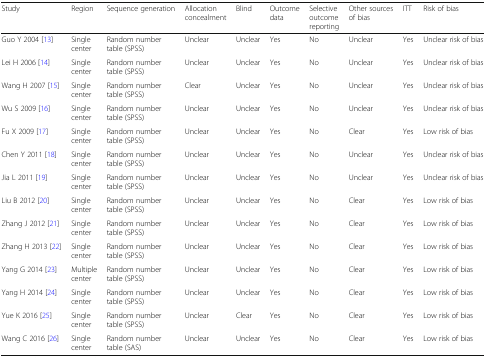
<table><thead><tr><td><b>Study</b></td><td><b>Region</b></td><td><b>Sequence generation</b></td><td><b>Allocation concealment</b></td><td><b>Blind</b></td><td><b>Outcome data</b></td><td><b>Selective outcome reporting</b></td><td><b>Other sources of bias</b></td><td><b>ITT</b></td><td><b>Risk of bias</b></td></tr></thead><tbody><tr><td>Guo Y 2004 [13]</td><td>Single center</td><td>Random number table (SPSS)</td><td>Unclear</td><td>Unclear</td><td>Yes</td><td>No</td><td>Unclear</td><td>Yes</td><td>Unclear risk of bias</td></tr><tr><td>Lei H 2006 [14]</td><td>Single center</td><td>Random number table (SPSS)</td><td>Unclear</td><td>Unclear</td><td>Yes</td><td>No</td><td>Unclear</td><td>Yes</td><td>Unclear risk of bias</td></tr><tr><td>Wang H 2007 [15]</td><td>Single center</td><td>Random number table (SPSS)</td><td>Clear</td><td>Unclear</td><td>Yes</td><td>No</td><td>Unclear</td><td>Yes</td><td>Unclear risk of bias</td></tr><tr><td>Wu S 2009 [16]</td><td>Single center</td><td>Random number table (SPSS)</td><td>Unclear</td><td>Unclear</td><td>Yes</td><td>No</td><td>Unclear</td><td>Yes</td><td>Unclear risk of bias</td></tr><tr><td>Fu X 2009 [17]</td><td>Single center</td><td>Random number table (SPSS)</td><td>Unclear</td><td>Unclear</td><td>Yes</td><td>No</td><td>Clear</td><td>Yes</td><td>Low risk of bias</td></tr><tr><td>Chen Y 2011 [18]</td><td>Single center</td><td>Random number table (SPSS)</td><td>Unclear</td><td>Unclear</td><td>Yes</td><td>No</td><td>Unclear</td><td>Yes</td><td>Unclear risk of bias</td></tr><tr><td>Jia L 2011 [19]</td><td>Single center</td><td>Random number table (SPSS)</td><td>Unclear</td><td>Unclear</td><td>Yes</td><td>No</td><td>Unclear</td><td>Yes</td><td>Unclear risk of bias</td></tr><tr><td>Liu B 2012 [20]</td><td>Single center</td><td>Random number table (SPSS)</td><td>Unclear</td><td>Unclear</td><td>Yes</td><td>No</td><td>Clear</td><td>Yes</td><td>Low risk of bias</td></tr><tr><td>Zhang J 2012 [21]</td><td>Single center</td><td>Random number table (SPSS)</td><td>Unclear</td><td>Unclear</td><td>Yes</td><td>No</td><td>Clear</td><td>Yes</td><td>Low risk of bias</td></tr><tr><td>Zhang H 2013 [22]</td><td>Single center</td><td>Random number table (SPSS)</td><td>Unclear</td><td>Unclear</td><td>Yes</td><td>No</td><td>Clear</td><td>Yes</td><td>Low risk of bias</td></tr><tr><td>Yang G 2014 [23]</td><td>Multiple center</td><td>Random number table (SPSS)</td><td>Unclear</td><td>Unclear</td><td>Yes</td><td>No</td><td>Clear</td><td>Yes</td><td>Low risk of bias</td></tr><tr><td>Yang H 2014 [24]</td><td>Single center</td><td>Random number table (SPSS)</td><td>Unclear</td><td>Unclear</td><td>Yes</td><td>No</td><td>Clear</td><td>Yes</td><td>Low risk of bias</td></tr><tr><td>Yue K 2016 [25]</td><td>Single center</td><td>Random number table (SPSS)</td><td>Unclear</td><td>Clear</td><td>Yes</td><td>No</td><td>Clear</td><td>Yes</td><td>Low risk of bias</td></tr><tr><td>Wang C 2016 [26]</td><td>Single center</td><td>Random number table (SAS)</td><td>Unclear</td><td>Unclear</td><td>Yes</td><td>No</td><td>Clear</td><td>Yes</td><td>Low risk of bias</td></tr></tbody></table>